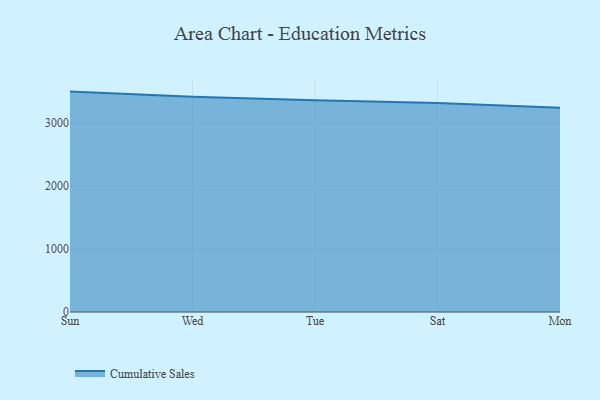
{"axis": {"x": "Day", "y": "Satisfaction Score"}, "legend": ["Cumulative Sales"], "data": [{"x": "Sun", "y": 3503.8, "type": "Cumulative Sales"}, {"x": "Wed", "y": 3422.4, "type": "Cumulative Sales"}, {"x": "Tue", "y": 3365.4, "type": "Cumulative Sales"}, {"x": "Sat", "y": 3322.2, "type": "Cumulative Sales"}, {"x": "Mon", "y": 3246.6, "type": "Cumulative Sales"}]}